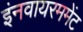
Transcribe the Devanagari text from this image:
इंनवायरममेंट